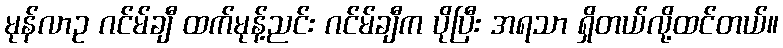
မုန်လာဥ ဂင်မ်ချီ ထက်မုန့်ညင်း ဂင်မ်ချီက ပိုပြီး အရသာ ရှိတယ်လို့ထင်တယ်။